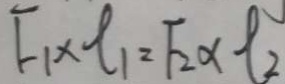
F _ { 1 } \times t _ { 1 } = F _ { 2 } \times t _ { 2 }